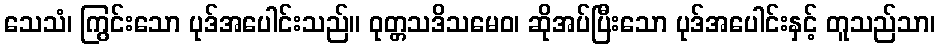
သေသံ၊ ကြွင်းသော ပုဒ်အပေါင်းသည်။ ဝုတ္တသဒိသမေဝ၊ ဆိုအပ်ပြီးသော ပုဒ်အပေါင်းနှင့် တူသည်သာ၊